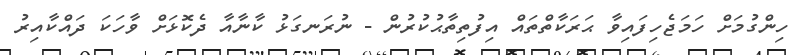
ހިންގުމަށް ހަމަޖެހިފައިވާ ޙަރަކާތްތައް އިފުތިތާޙުކުރުން - ނުރަނގަޅު ކާނާއާ ދެކޮޅަށް ވާހަކަ ދައްކާއިރު